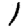
Digit: 1